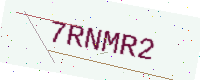
Text: 7RNMR2